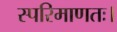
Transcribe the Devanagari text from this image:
स्परिमाणतः।